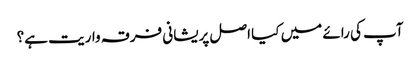
آپ کی رائے میں کیا اصل پریشانی فرقہ واریت ہے؟